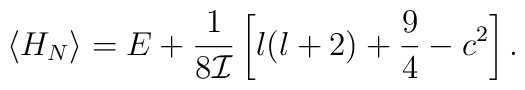
\langle H_{N}\rangle=E+\frac{1}{8{\cal I}}\left[l(l+2)+\frac{9}{4}-c^{2}\right].